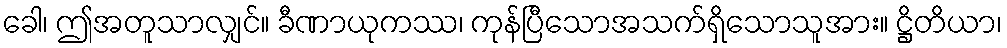
ခေါ၊ ဤအတူသာလျှင်။ ခီဏာယုကဿ၊ ကုန်ပြီသောအသက်ရှိသောသူအား။ ဋ္ဌိတိယာ၊